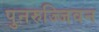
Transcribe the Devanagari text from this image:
पुनरुज्जिवन